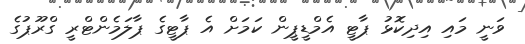
ވަނީ މައި އިދިކޮޅު ޕާޓީ އެމްޑީޕީން ކަމަށް އެ ޕާޓީގެ ޕާލަމެންޓްރީ ގްރޫޕުގެ